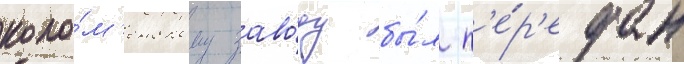
коло́м'енскому заво́ду бы́л п'е́р'едан